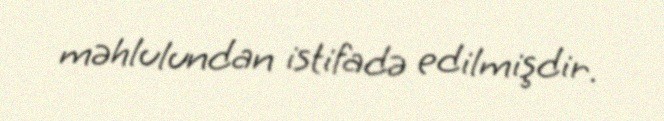
məhlulundan istifadə edilmişdir.